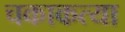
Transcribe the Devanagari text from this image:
चकाकत्या